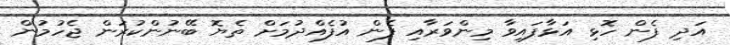
އަދި ފެން ހޮޅި އަޅާފައިވާ މިންވަރާއި ފެން އުފެއްދުމަށް ތެޔޮ ބޭނުންކުރަން ޖެހުމުން